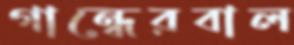
গান্ধেরবাল